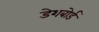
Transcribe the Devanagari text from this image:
डेशबोर्ड